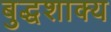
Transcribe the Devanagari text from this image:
बुद्धशाक्य